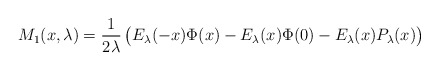
\begin{align*}M_1(x,\lambda)= \frac{1}{2\lambda }\,\big(E_\lambda(-x)\Phi(x)- E_\lambda(x)\Phi(0) - E_\lambda(x)P_\lambda(x)\big)\end{align*}